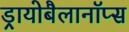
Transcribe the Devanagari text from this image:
ड्रायोबैलानॉप्स